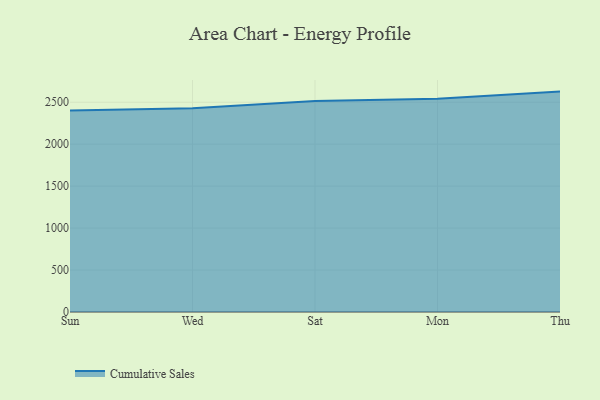
{"axis": {"x": "Day", "y": "Shipments"}, "legend": ["Cumulative Sales"], "data": [{"x": "Sun", "y": 2400.9, "type": "Cumulative Sales"}, {"x": "Wed", "y": 2427.0, "type": "Cumulative Sales"}, {"x": "Sat", "y": 2513.0, "type": "Cumulative Sales"}, {"x": "Mon", "y": 2541.4, "type": "Cumulative Sales"}, {"x": "Thu", "y": 2626.5, "type": "Cumulative Sales"}]}